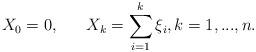
LaTeX: \begin{align*}X_{0}=0,\ \ \ \ \ X_k=\sum_{i=1}^k\xi _i,k=1,...,n. \end{align*}